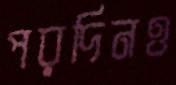
পরদিনও